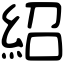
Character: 紹